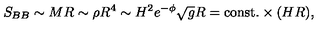
S _ { B B } \sim M R \sim \rho R ^ { 4 } \sim H ^ { 2 } e ^ { - \phi } \sqrt { g } R = \mathrm { c o n s t . } \times ( H R ) ,